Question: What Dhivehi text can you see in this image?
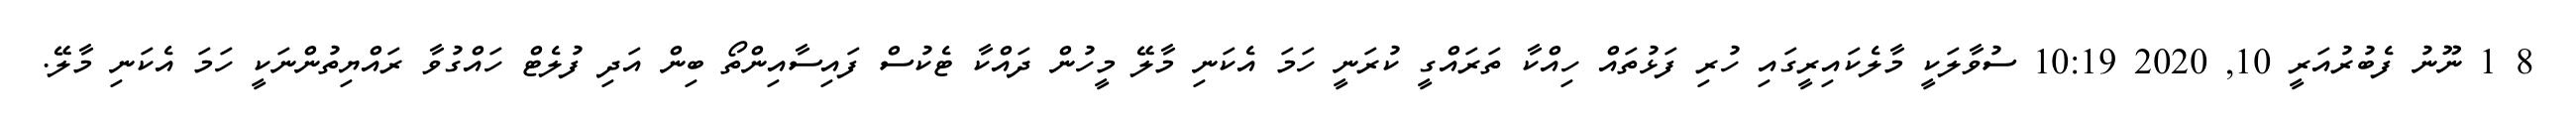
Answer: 8 1 ނޫނު ފެބުރުއަރީ 10, 2020 10:19 ސުވާލަކީ މާލެކައިރީގައި ހުރި ފަޅުތައް ހިއްކާ ތަރައްގީ ކުރަނީ ހަމަ އެކަނި މާލޭ މީހުން ދައްކާ ޓެކުސް ފައިސާއިންތޯ ބިން އަދި ފުލެޓް ހައްގުވާ ރައްޔިތުންނަކީ ހަމަ އެކަނި މާލޭ.